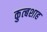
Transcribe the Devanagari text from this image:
कुत्बशाह